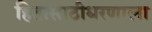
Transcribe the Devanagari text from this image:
हितासाठीधरणाला